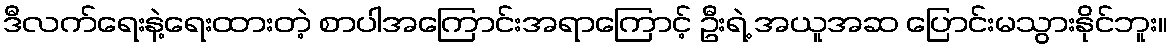
ဒီလက်ရေးနဲ့ရေးထားတဲ့ စာပါအကြောင်းအရာကြောင့် ဦးရဲ့ အယူအဆ ပြောင်းမသွားနိုင်ဘူး။